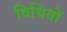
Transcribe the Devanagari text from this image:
विथियों